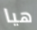
هيا